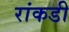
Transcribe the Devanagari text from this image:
रांकडी